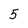
Character: 5